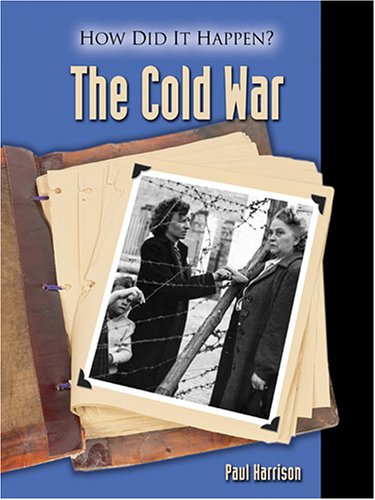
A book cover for The Cold War (How Did It Happen ?); Paul Harrison; Children's Books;